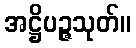
အဋ္ဌိပဉ္ဇသုတ်။